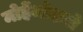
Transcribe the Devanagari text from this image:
मोहेंजोदारो